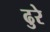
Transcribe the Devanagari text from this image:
ढुरे